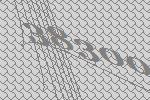
38300